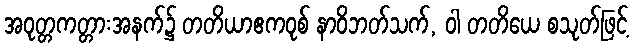
အဝုတ္တကတ္တားအနက်၌ တတိယာဧကဝုစ် နာဝိဘတ်သက်, ဝါ တတိယေ စသုတ်ဖြင့်